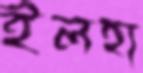
ইলহা